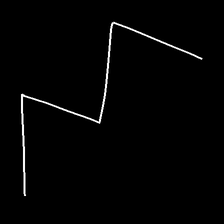
Glyph: crush